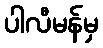
ပါလီမန်မှ